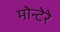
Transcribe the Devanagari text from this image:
मोन्टेरे